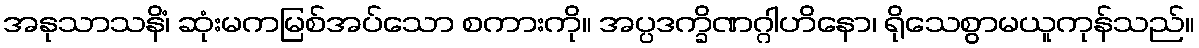
အနုသာသနိံ၊ ဆုံးမကမြစ်အပ်သော စကားကို။ အပ္ပဒက္ခိဏဂ္ဂါဟိနော၊ ရိုသေစွာမယူကုန်သည်။